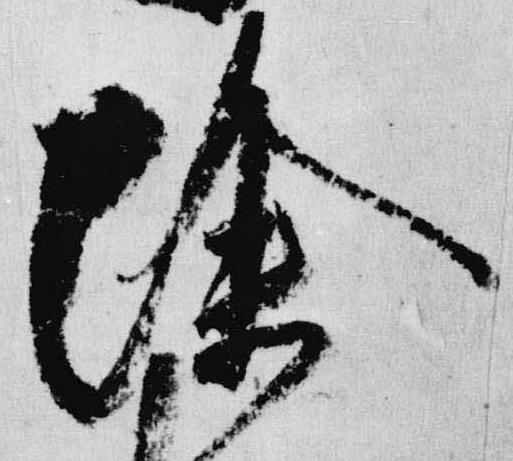
除